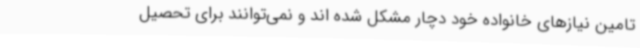
تامین نیازهای خانواده خود دچار مشکل شده اند و نمی‌توانند برای تحصیل